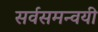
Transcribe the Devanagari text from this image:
सर्वसमन्‍वयी